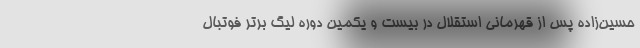
حسین‌زاده پس از قهرمانی استقلال در بیست و یکمین دوره لیگ برتر فوتبال